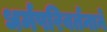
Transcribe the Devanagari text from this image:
धर्मपरिवर्तनाने